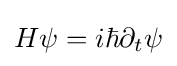
H\psi =i\hbar \partial _{t}\psi